Civil Veterinary Dept. Assam report 1927-50 - 1927-1950
Year: 1927
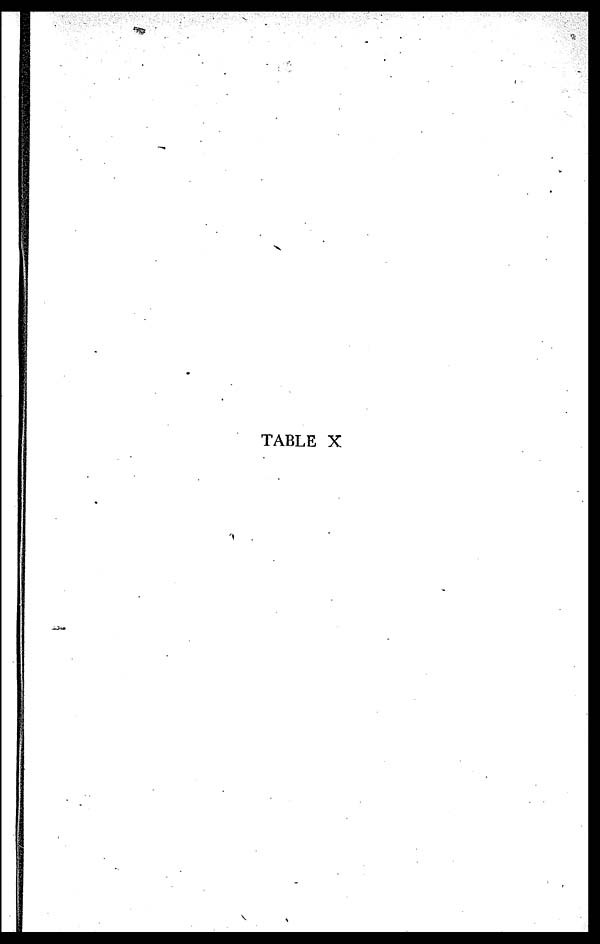
TABLE X